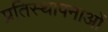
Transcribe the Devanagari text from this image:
प्रतिस्थापनाओं